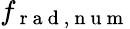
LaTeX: f_{\mathrm{~r~a~d~,~n~u~m~}}